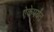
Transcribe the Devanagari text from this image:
ऐकेपर्यंत